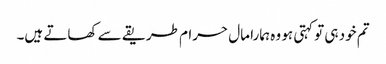
تم خود ہی تو کہتی ہو وہ ہمارا مال حرام طریقے سے کھاتے ہیں۔